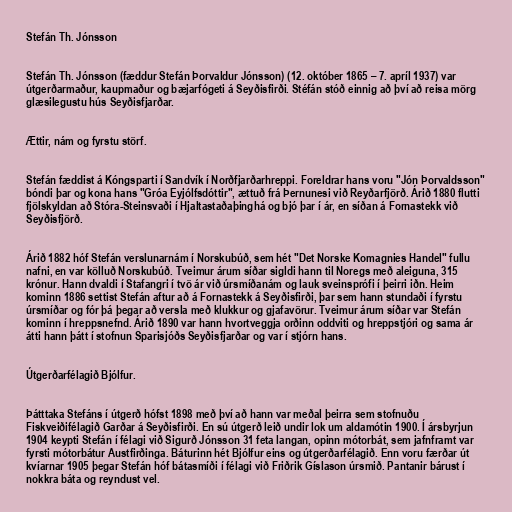
Stefán Th. Jónsson

Stefán Th. Jónsson (fæddur Stefán Þorvaldur Jónsson) (12. október 1865 – 7. apríl 1937) var
útgerðarmaður, kaupmaður og bæjarfógeti á Seyðisfirði. Stéfán stóð einnig að því að reisa mörg
glæsilegustu hús Seyðisfjarðar.

Ættir, nám og fyrstu störf.

Stefán fæddist á Kóngsparti í Sandvík í Norðfjarðarhreppi. Foreldrar hans voru "Jón Þorvaldsson"
bóndi þar og kona hans "Gróa Eyjólfsdóttir", ættuð frá Þernunesi við Reyðarfjörð. Árið 1880 flutti
fjölskyldan að Stóra-Steinsvaði í Hjaltastaðaþinghá og bjó þar í ár, en síðan á Fornastekk við
Seyðisfjörð.

Árið 1882 hóf Stefán verslunarnám í Norskubúð, sem hét "Det Norske Komagnies Handel" fullu
nafni, en var kölluð Norskubúð. Tveimur árum síðar sigldi hann til Noregs með aleiguna, 315
krónur. Hann dvaldi í Stafangri í tvö ár við úrsmíðanám og lauk sveinsprófi í þeirri iðn. Heim
kominn 1886 settist Stefán aftur að á Fornastekk á Seyðisfirði, þar sem hann stundaði í fyrstu
úrsmíðar og fór þá þegar að versla með klukkur og gjafavörur. Tveimur árum síðar var Stefán
kominn í hreppsnefnd. Árið 1890 var hann hvortveggja orðinn oddviti og hreppstjóri og sama ár
átti hann þátt í stofnun Sparisjóðs Seyðisfjarðar og var í stjórn hans.

Útgerðarfélagið Bjólfur.

Þátttaka Stefáns í útgerð hófst 1898 með því að hann var meðal þeirra sem stofnuðu
Fiskveiðifélagið Garðar á Seyðisfirði. En sú útgerð leið undir lok um aldamótin 1900. Í ársbyrjun
1904 keypti Stefán í félagi við Sigurð Jónsson 31 feta langan, opinn mótorbát, sem jafnframt var
fyrsti mótorbátur Austfirðinga. Báturinn hét Bjólfur eins og útgerðarfélagið. Enn voru færðar út
kvíarnar 1905 þegar Stefán hóf bátasmíði í félagi við Friðrik Gíslason úrsmið. Pantanir bárust í
nokkra báta og reyndust vel.